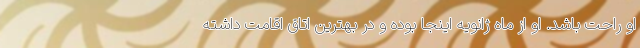
او راحت باشد. او از ماه ژانویه اینجا بوده و در بهترین اتاق اقامت داشته